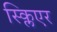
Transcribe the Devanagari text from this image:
स्क्लिएर